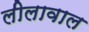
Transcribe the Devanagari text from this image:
लीलावाल